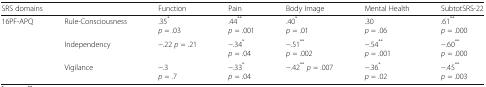
<table><thead><tr><td colspan="2"><b>SRS domains</b></td><td><b>Function</b></td><td><b>Pain</b></td><td><b>Body Image</b></td><td><b>Mental Health</b></td><td><b>SubtotSRS-22</b></td></tr></thead><tbody><tr><td rowspan="3">16PF-APQ</td><td>Rule-Consciousness</td><td>.35<sup>*</sup><i>p</i> = .03</td><td>.44<sup>**</sup><i>p</i> = .001</td><td>.40<sup>*</sup><i>p</i> = .01</td><td>.30<i>p</i> = .06</td><td>.61<sup>**</sup><i>p</i> = .000</td></tr><tr><td>Independency</td><td>−.22 <i>p</i> = .21</td><td>−.34<sup>*</sup><i>p</i> = .04</td><td>−.51<sup>**</sup><i>p</i> = .002</td><td>−.54<sup>**</sup><i>p</i> = .001</td><td>−.60<sup>**</sup><i>p</i> = .000</td></tr><tr><td>Vigilance</td><td>−.3<i>p</i> = .7</td><td>−.33<sup>*</sup><i>p</i> = .04</td><td>−.42<sup>**</sup><i>p</i> = .007</td><td>−.36<sup>*</sup><i>p</i> = .02</td><td>−.45<sup>**</sup><i>p</i> = .003</td></tr></tbody></table>